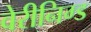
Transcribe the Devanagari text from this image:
वेरीनिग्ड